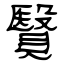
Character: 贀